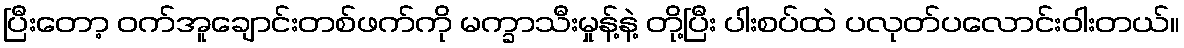
ပြီးတော့ ဝက်အူချောင်းတစ်ဖက်ကို မက္ခာသီးမှုန့်နဲ့ တို့ပြီး ပါးစပ်ထဲ ပလုတ်ပလောင်းဝါးတယ်။